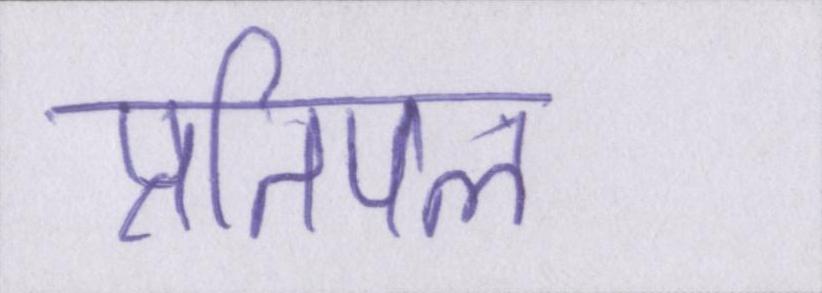
प्रतिपल